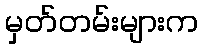
မှတ်တမ်းများက